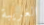
الغريبة